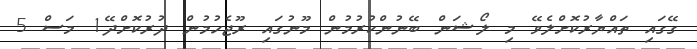
ގޭގައި ތައްޔާރުކޮށްލެވޭ މި ލޯޝަން ބޭނުންކުރުމުން މޫނުގައި ރޫޖެހުމުން ދުރުކޮށްދޭ1 މަސް 5